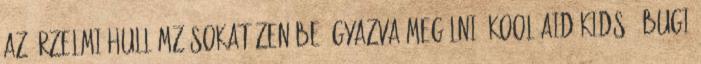
az érzelmi hullámzásokat zenébe ágyazva megélni. Kool-Aid-Kids - Bugi